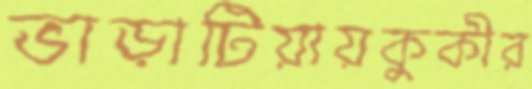
ভাড়াটিয়ায়কুকীর